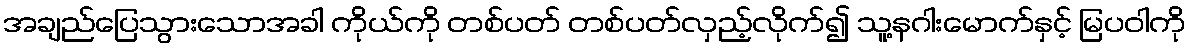
အချည်ပြေသွားသောအခါ ကိုယ်ကို တစ်ပတ် တစ်ပတ်လှည့်လိုက်၍ သူ့နဂါးမောက်နှင့် မြပဝါကို